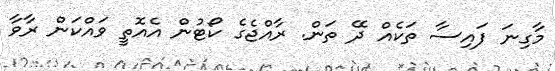
މާގިނަ ފައިސާ ތަކެއް ދޭ ތަން. ރާއްޖެގެ ކޯޓުން އެއޮތީ ވައްކަން ރާވާ